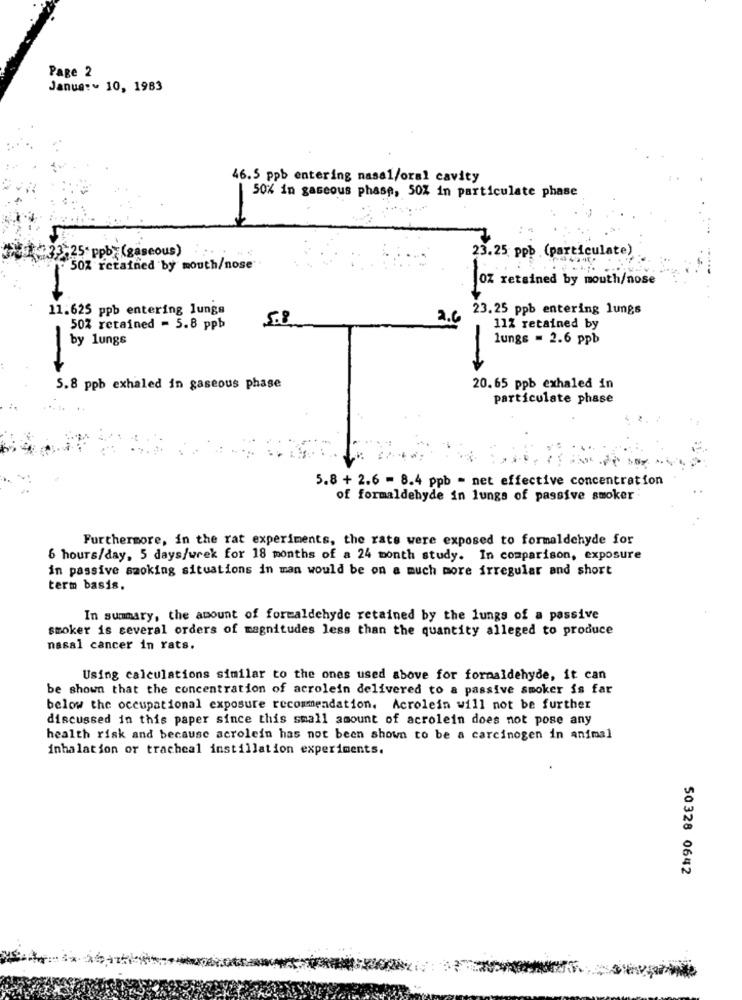
Page 2
Janua :~ 10, 1983
46.5 ppb entering masal/oral cavity
50% in gaseous phase, 50% in particulate phase
2-25 ppb: (gaseous)
23.25 ppb (particulate)
50% retained by mouth/nose
OZ retained by mouth/nose
11.625 ppb entering lungs
23.25 ppb entering lungs
5.8
2.6
50% retained = 5.8 ppb
11% retained by
by lungs
lungs = 2.6 ppb
-
5.8 ppb exhaled in gaseous phase
20.65 ppb exhaled in
particulate phase
5.8 + 2.6 - 8.4 ppb = net effective concentration
of formaldehyde in lungs of passive smoker
Furthermore, in the rat experiments, the rats were exposed to formaldehyde for
6 hours/day, 5 days/wrek for 18 months of a 24 month study. In comparison, exposure
in passive smoking situations in man would be on a much more irregular and short
term basis.
In summary, the amount of formaldehyde retained by the lungs of a passive
smoker is several orders of magnitudes less than the quantity alleged to produce
nasal cancer in rats.
Using calculations similar to the ones used above for formaldehyde, it can
be shown that the concentration of acrolein delivered to a passive smoker is far
below the occupational exposure recommendation. Acrolein will not be further
discussed in this paper since this small amount of acrolein does not pose any
health risk and because acrolein has not been shown to be a carcinogen in animal
inhalation or tracheal instillation experiments.
50328 0642